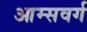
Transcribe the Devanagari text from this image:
आम्सवर्ग